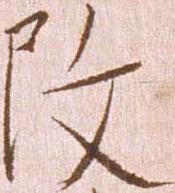
改